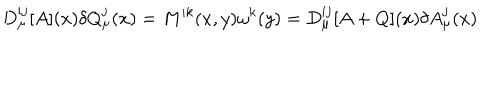
LaTeX: D _ { \mu } ^ { i j } [ A ] ( x ) \delta Q _ { \mu } ^ { j } ( x ) = M ^ { i k } ( x , y ) \omega ^ { k } ( y ) = D _ { \mu } ^ { i j } [ A + Q ] ( x ) \delta A _ { \mu } ^ { j } ( x )